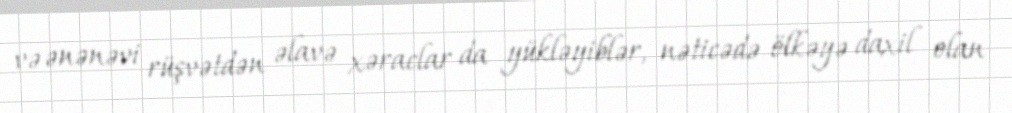
və ənənəvi rüşvətdən əlavə xəraclar da yükləyiblər, nəticədə ölkəyə daxil olan